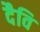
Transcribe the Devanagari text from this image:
दैवि